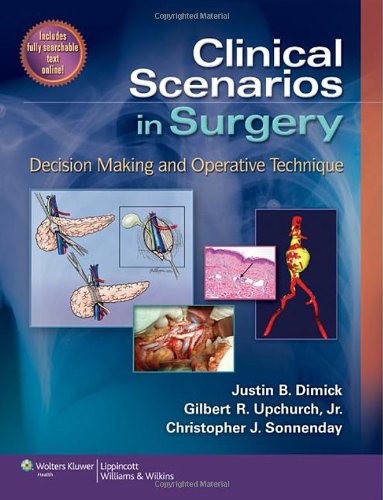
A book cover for Clinical Scenarios in Surgery: Decision Making and Operative Technique (Clinical Scenarios in Surgery Series); Justin B. Dimick MD; Medical Books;